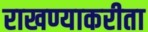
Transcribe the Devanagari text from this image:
राखण्याकरीता